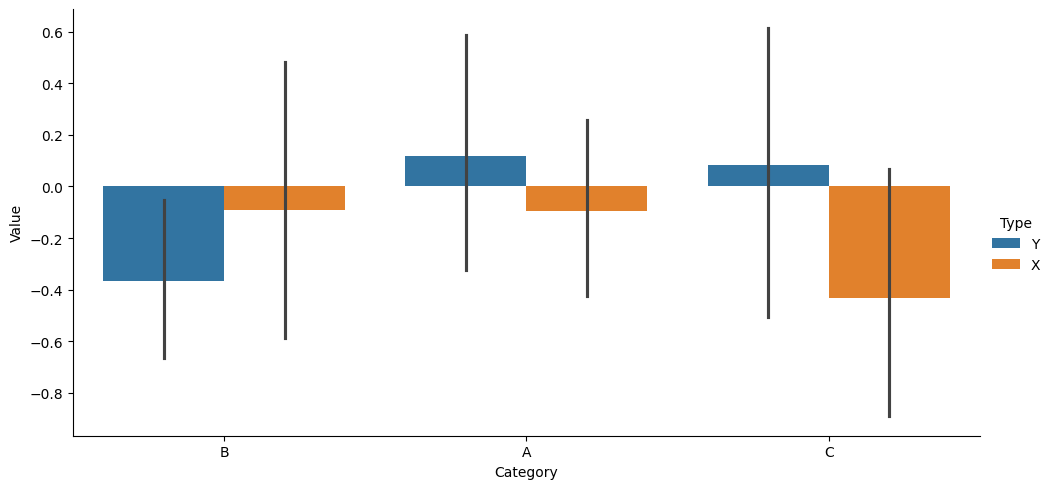
python, seaborn, catplot, kind='bar', height=5, aspect=2